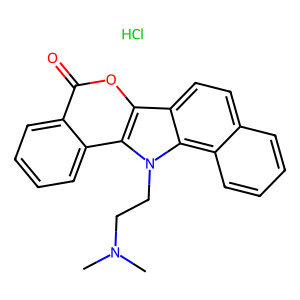
SMILES: CN(C)CCn1c2c3ccccc3ccc2c2oc(=O)c3ccccc3c21.Cl
Inhibits HIV replication: No